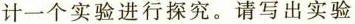
计一个实验进行探究。请写出实验